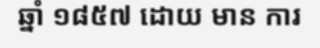
ឆ្នាំ ១៨៥៧ ដោយ មាន ការ